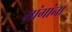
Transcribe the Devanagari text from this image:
मांगांना